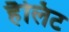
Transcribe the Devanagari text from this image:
हैलिट